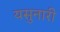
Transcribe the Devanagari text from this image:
यसुनारी